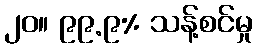
၂၀။ ၉၉.၉% သန့်စင်မှု